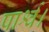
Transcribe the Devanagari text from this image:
पार्श्व।